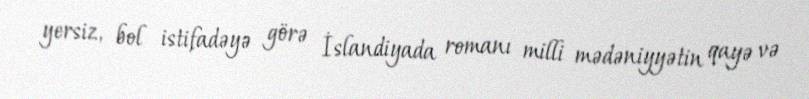
yersiz, bol istifadəyə görə İslandiyada romanı milli mədəniyyətin qayə və